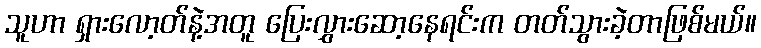
သူဟာ ရှားလော့တ်နဲ့အတူ ပြေးလွှားဆော့နေရင်းက တတ်သွားခဲ့တာဖြစ်မယ်။